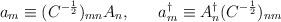
LaTeX: \begin{align*}a_{m} \equiv (C^{-\frac{1}{2}})_{mn} A_{n} , \; \; \; \; \; \; a^{\dagger}_{m} \equiv A^{\dagger}_{n}(C^{-\frac{1}{2}})_{nm} \end{align*}